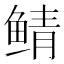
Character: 鲭